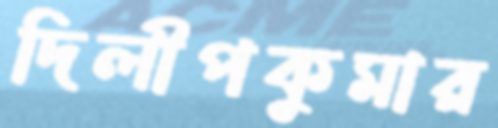
দিলীপকুমার